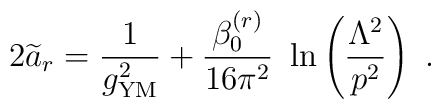
2{\widetilde a}_r={1\over g^2_{\rm {\small YM}}}+ {\beta^{(r)}_0\over 16\pi^2}~\ln\left( {\Lambda^2\over p^2}\right)~.